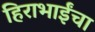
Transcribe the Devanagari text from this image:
हिराभाईंचा